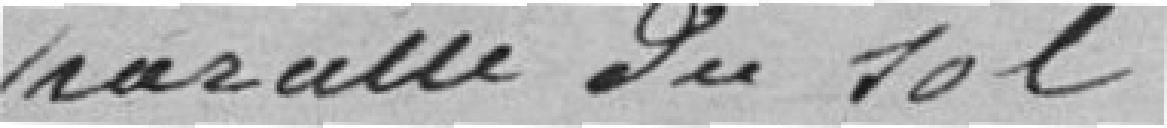
de la parcelle du sol